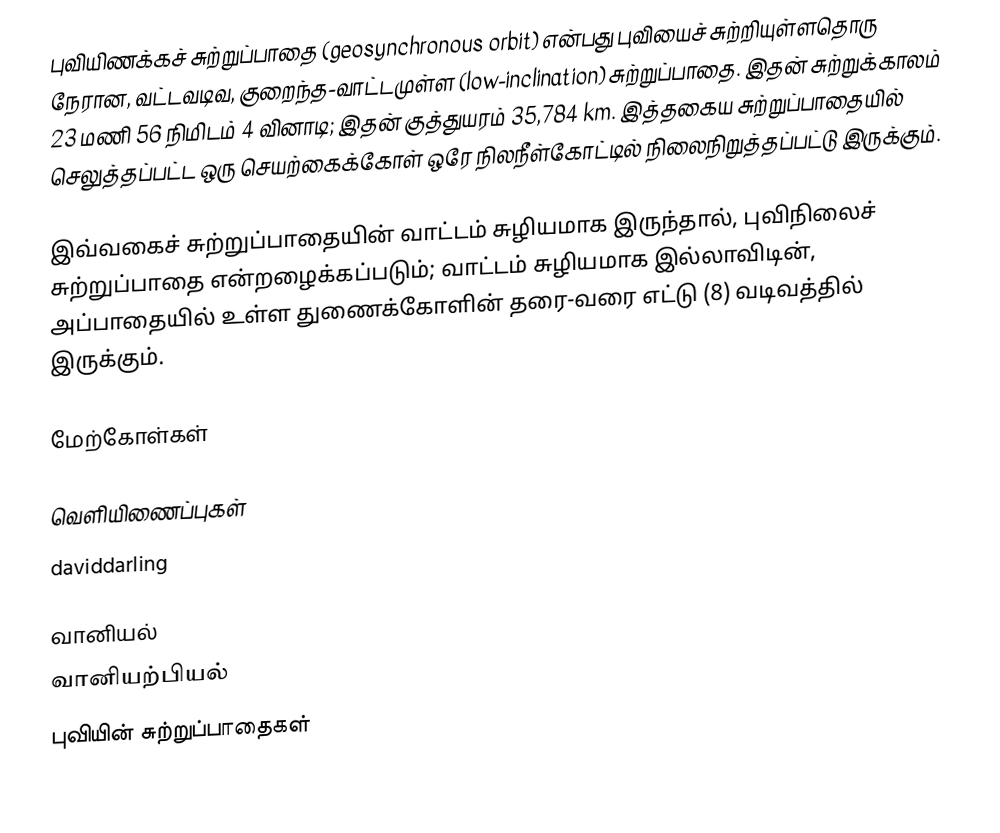
புவியிணக்கச் சுற்றுப்பாதை (geosynchronous orbit) என்பது புவியைச் சுற்றியுள்ளதொரு நேரான, வட்டவடிவ, குறைந்த-வாட்டமுள்ள (low-inclination) சுற்றுப்பாதை. இதன் சுற்றுக்காலம் 23 மணி 56 நிமிடம் 4 வினாடி; இதன் குத்துயரம் 35,784 km. இத்தகைய சுற்றுப்பாதையில் செலுத்தப்பட்ட ஒரு செயற்கைக்கோள் ஒரே நிலநீள்கோட்டில் நிலைநிறுத்தப்பட்டு இருக்கும்.

இவ்வகைச் சுற்றுப்பாதையின் வாட்டம் சுழியமாக இருந்தால், புவிநிலைச் சுற்றுப்பாதை என்றழைக்கப்படும்; வாட்டம் சுழியமாக இல்லாவிடின், அப்பாதையில் உள்ள துணைக்கோளின் தரை-வரை எட்டு (8) வடிவத்தில் இருக்கும்.

மேற்கோள்கள்

வெளியிணைப்புகள்
daviddarling

வானியல்
வானியற்பியல்
புவியின் சுற்றுப்பாதைகள்